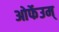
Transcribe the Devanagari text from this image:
ओर्फेउम्